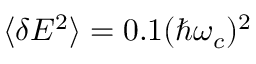
\langle \delta E ^ { 2 } \rangle = 0 . 1 ( \hbar \omega _ { c } ) ^ { 2 }